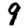
Digit: 9